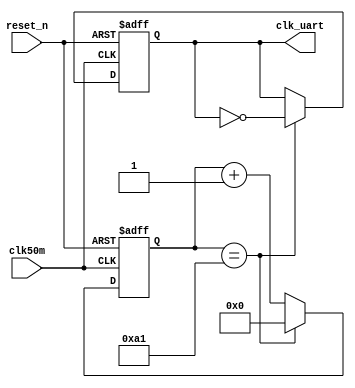
`timescale 1ns / 1ps
//////////////////////////////////////////////////////////////////////////////////
// Company: 
// Engineer: 
// 
// Design Name: 
// Module Name:    uartClkDiv 
// Project Name: 
// Target Devices: 
// Tool versions: 
// Description: 
//
// Dependencies: 
//
// Revision: 
// Revision 0.01 - File Created
// Additional Comments: 
//
//////////////////////////////////////////////////////////////////////////////////
module uartClkDiv(

	input clk50m,
	input reset_n,
	output clk_uart

    );
	 
    parameter BAUDRATE = 9600;
    parameter CNTMAX = 50000000/(BAUDRATE*16*2) ; // 50MHz/(16*9600*2)
	 
	 reg clk_uart_reg;
    reg [7:0] cnt_clk;
	 
    // clk_uart = 16*BAUDRATE
    always@(posedge clk50m or negedge reset_n) begin
        if(~reset_n) begin
            cnt_clk <= 8'h00;
            clk_uart_reg <= 1'b0;
            
        end
        
        else if (cnt_clk == CNTMAX-1) begin
            cnt_clk <= 8'h00;
            clk_uart_reg <= ~clk_uart_reg;
        end
        
        else
            cnt_clk <= cnt_clk + 8'h01;
    
    end
	 
	 assign clk_uart = clk_uart_reg;
	 
endmodule